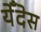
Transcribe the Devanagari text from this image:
येँदेस